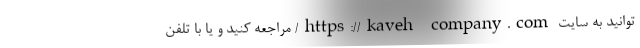
توانید به سایت https://kaveh-company.com/ مراجعه کنید و یا با تلفن